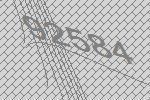
92584